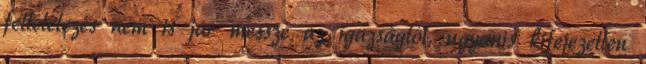
feltételezés nem is jár messze az igazságtól, ugyanis kifejezetten